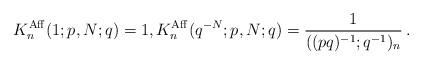
LaTeX: \begin{align*}K_n^{\rm Aff}(1;p,N;q)=1,K_n^{\rm Aff}(q^{-N};p,N;q)=\frac1{((pq)^{-1};q^{-1})_n}\,.\end{align*}